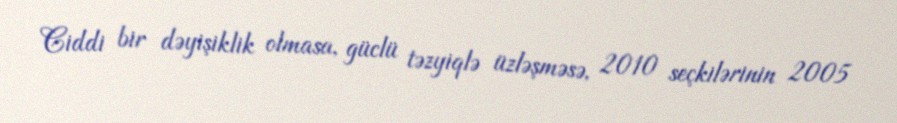
Ciddi bir dəyişiklik olmasa, güclü təzyiqlə üzləşməsə, 2010 seçkilərinin 2005